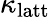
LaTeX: \kappa_{\mathrm{latt}}